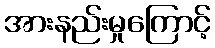
အားနည်းမှုကြောင့်